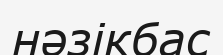
нәзікбас